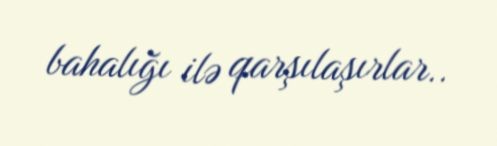
bahalığı ilə qarşılaşırlar..